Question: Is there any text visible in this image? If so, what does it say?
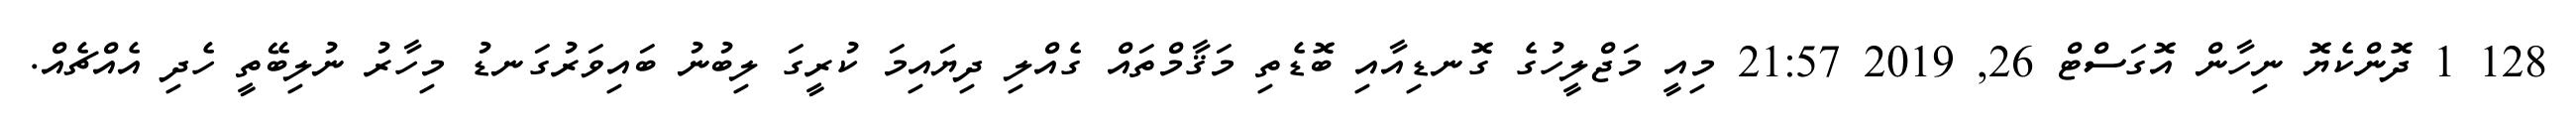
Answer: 128 1 ދޮންކެޔޮ ނިހާން އޮގަސްޓް 26, 2019 21:57 މިއީ މަޖްލީހުގެ ގޮނޑިއާއި ބޮޑެތި މަޤާމްތައް ގެއްލި ދިޔައިމަ ކުރީގަ ލިބުނު ބައިވަރުގަނޑު މިހާރު ނުލިބޭތީ ހެދި އެއްޗެއް.